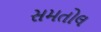
સમતોલ